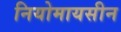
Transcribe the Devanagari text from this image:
नियोमायसीन